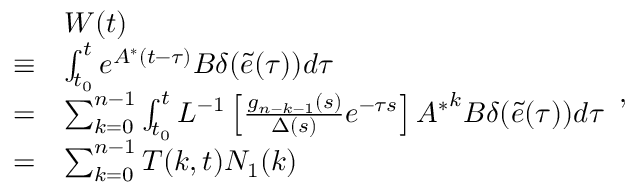
\begin{array} { r l } & { W ( t ) } \\ { \equiv } & { \int _ { { t _ { 0 } } } ^ { t } { { e ^ { { A ^ { * } } ( t - \tau ) } } { B } \delta ( \tilde { e } ( \tau ) ) } d \tau } \\ { = } & { \sum _ { k = 0 } ^ { n - 1 } { \int _ { { t _ { 0 } } } ^ { t } { { L ^ { - 1 } } \left[ { \frac { { { g _ { n - k - 1 } } ( s ) } } { { \Delta ( s ) } } } e ^ { - \tau s } \right] { A ^ { * } } ^ { k } { B } \delta ( \tilde { e } ( \tau ) ) } d \tau } } \\ { = } & { \sum _ { k = 0 } ^ { n - 1 } { T ( k , t ) { N _ { 1 } } ( k ) } } \end{array} ,